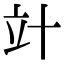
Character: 竍